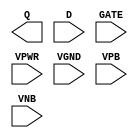
/**
 * Copyright 2020 The SkyWater PDK Authors
 *
 * Licensed under the Apache License, Version 2.0 (the "License");
 * you may not use this file except in compliance with the License.
 * You may obtain a copy of the License at
 *
 *     https://www.apache.org/licenses/LICENSE-2.0
 *
 * Unless required by applicable law or agreed to in writing, software
 * distributed under the License is distributed on an "AS IS" BASIS,
 * WITHOUT WARRANTIES OR CONDITIONS OF ANY KIND, either express or implied.
 * See the License for the specific language governing permissions and
 * limitations under the License.
 *
 * SPDX-License-Identifier: Apache-2.0
 */

`ifndef SKY130_FD_SC_LP__DLXTP_PP_BLACKBOX_V
`define SKY130_FD_SC_LP__DLXTP_PP_BLACKBOX_V

/**
 * dlxtp: Delay latch, non-inverted enable, single output.
 *
 * Verilog stub definition (black box with power pins).
 *
 * WARNING: This file is autogenerated, do not modify directly!
 */

`timescale 1ns / 1ps
`default_nettype none

(* blackbox *)
module sky130_fd_sc_lp__dlxtp (
    Q   ,
    D   ,
    GATE,
    VPWR,
    VGND,
    VPB ,
    VNB
);

    output Q   ;
    input  D   ;
    input  GATE;
    input  VPWR;
    input  VGND;
    input  VPB ;
    input  VNB ;
endmodule

`default_nettype wire
`endif  // SKY130_FD_SC_LP__DLXTP_PP_BLACKBOX_V